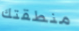
منطقتك